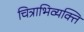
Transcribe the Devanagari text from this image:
चित्राभिव्यक्ति